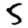
Digit: 5